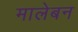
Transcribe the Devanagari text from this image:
मालेबन